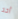
أحد